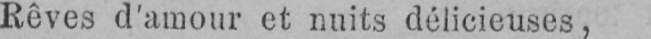
Rêves d’amour et nuits délicieuses,